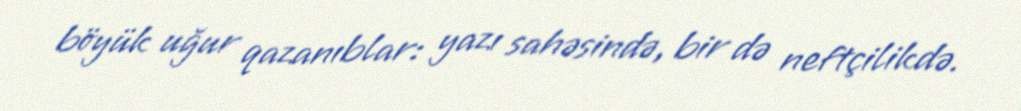
böyük uğur qazanıblar: yazı sahəsində, bir də neftçilikdə.